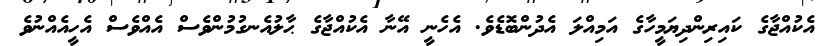
އެކުއްޖާގެ ކައިރިންދިޔަމީހާގެ އަމިއްލަ އެދުންބޮޑެވެ. އެހެނީ އޭނާ އެކުއްޖާގެ ޙާލުއެނގުމުންވެސް އެއްވެސް އެހީއެއްނުވެ